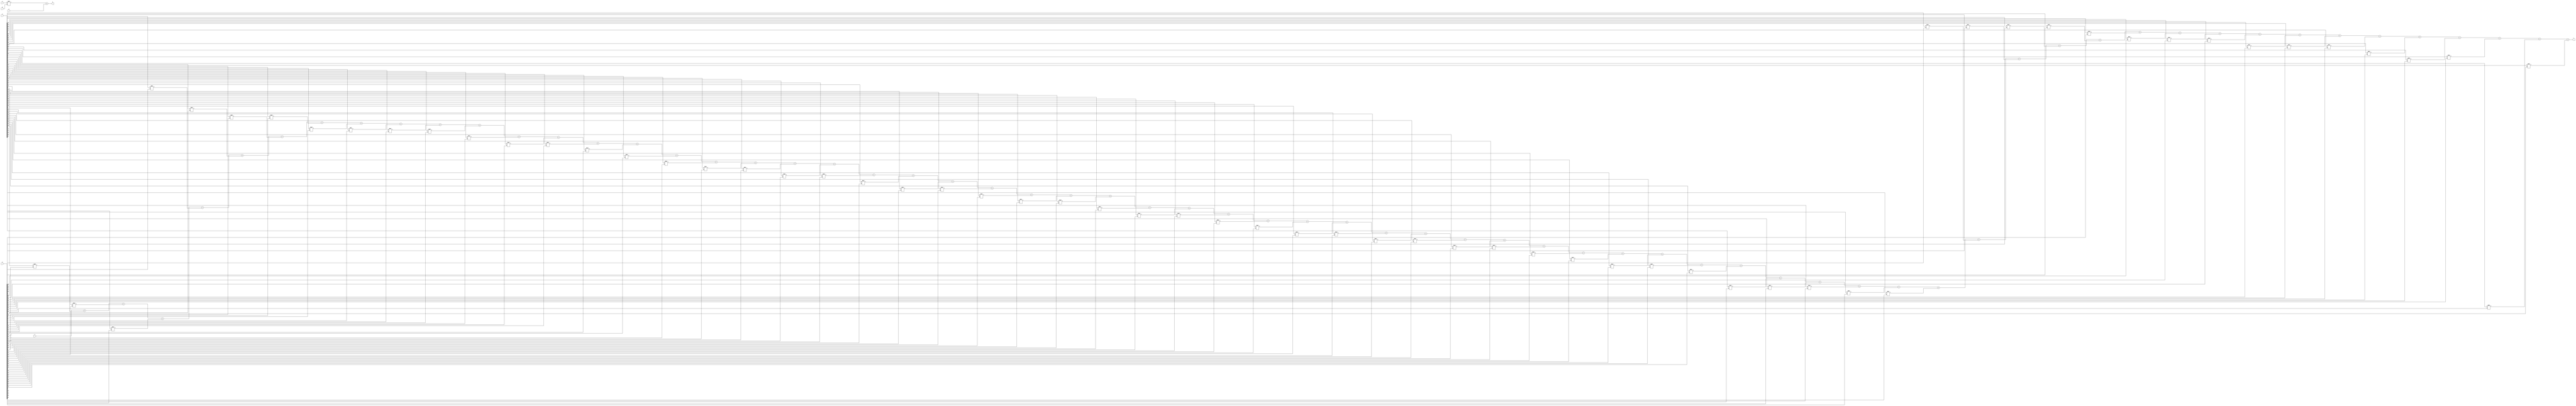
module top (input [63:0] A, B, C, D, input [127:0] E, F, output reg [127:0] X, Y);
        integer i;
        always @* begin
                X = A*B + E;
                Y = F;
                for (i = 0; i < 64; i=i+1)
                        Y = Y + C[i]*D[i];
        end
endmodule